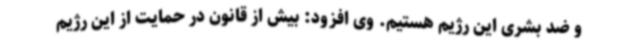
و ضد بشری این رژیم هستیم. وی افزود: بیش از قانون در حمایت از این رژیم